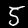
Label: 5